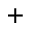
^ +